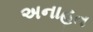
અનાહત